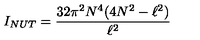
I _ { N U T } = \frac { 3 2 \pi ^ { 2 } N ^ { 4 } ( 4 N ^ { 2 } - \ell ^ { 2 } ) } { \ell ^ { 2 } }